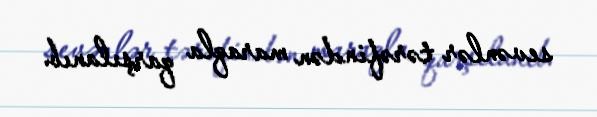
sevənlər tərəfindən maraqla qarşılanıb.